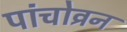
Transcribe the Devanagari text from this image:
पांचोव्रन